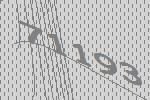
71193